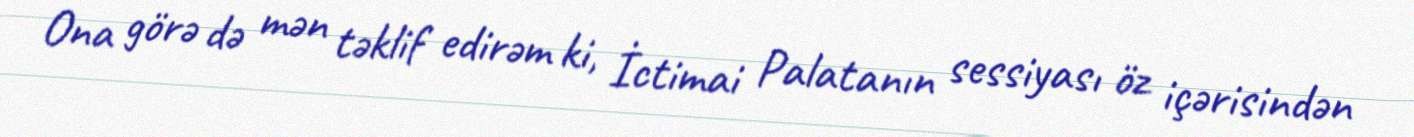
Ona görə də mən təklif edirəm ki, İctimai Palatanın sessiyası öz içərisindən